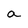
Character: a